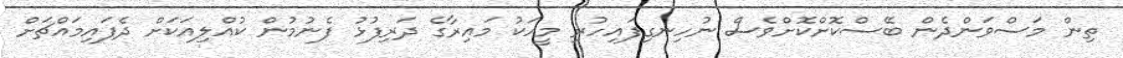
ތިން މަސްވަންދެން ބޭސްކޮށްކޮށްވެސް ނުހިނގިފައިހުރި މީހަކު މައިރާގެ ދަރިފުޅު ފެނުމުން ކުއްލިއަކަށް ދެފައިމައްޗަށް